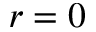
r = 0